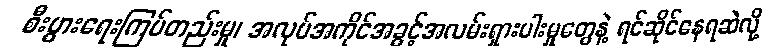
စီးပွားရေးကြပ်တည်းမှု၊ အလုပ်အကိုင်အခွင့်အလမ်းရှားပါးမှုတွေနဲ့ ရင်ဆိုင်နေရဆဲလို့